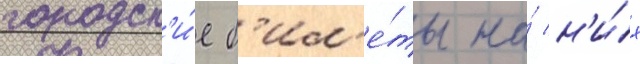
городск'и́е б'ил'е́ты на́ н'и́х